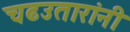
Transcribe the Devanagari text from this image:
चढउतारांनी